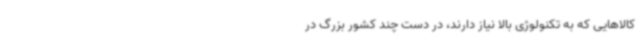
کالاهایی که به تکنولوژی بالا نیاز دارند، در دست چند کشور بزرگ در